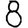
Digit: 8